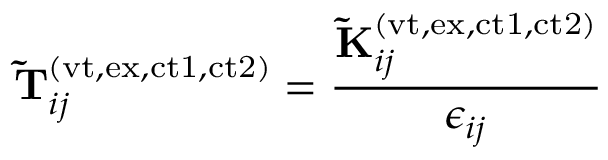
\mathbf { \widetilde { T } } _ { i j } ^ { ( \mathrm { v t , e x , c t 1 , c t 2 } ) } = \frac { \mathbf { \widetilde { K } } _ { i j } ^ { ( \mathrm { v t , e x , c t 1 , c t 2 } ) } } { \epsilon _ { i j } }